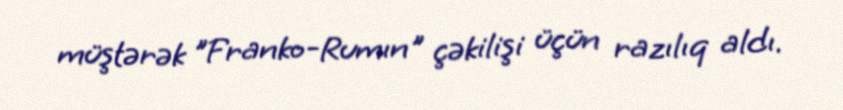
müştərək "Franko-Rumın" çəkilişi üçün razılıq aldı.